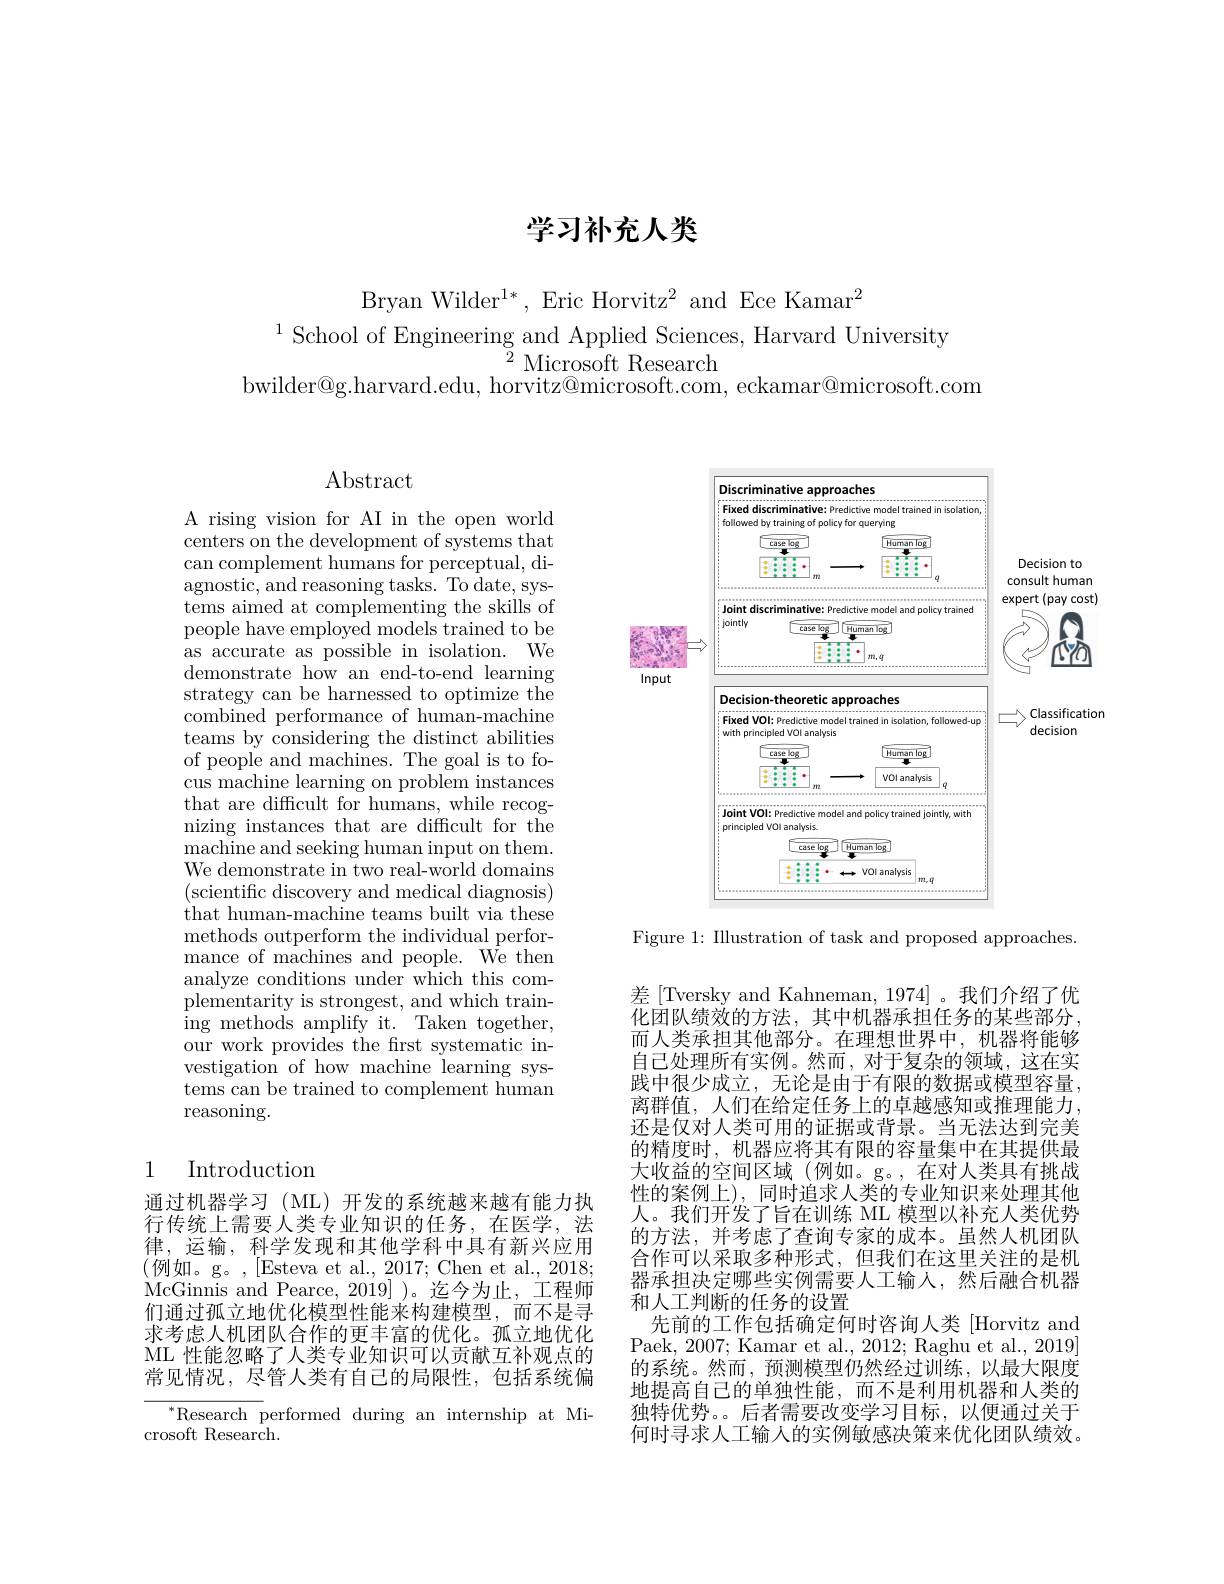
# 学习补充人类

Bryan Wilder$^1*$, Eric Horvitz$^2$ and Ece Kamar$^2$
$^{1}$School of Engineering and Applied Sciences, Harvard University
$\stackrel{\circ}{2}\mathop{\mathrm{Microsoft~Research}}_{c}$
bwilder@g.harvard.edu, horvitz@microsoft.com, eckamar@microsoft.com

# $\operatorname{Abstract}$

A rising vision for AI in the open world centers on the development of systems that can complement humans for perceptual, diagnostic, and reasoning tasks. To date, sys- tems aimed at complementing the skills of people have employed models trained to be as accurate as possible in isolation. We demonstrate how an end-to-end learning strategy can be harnessed to optimize the combined performance of human-machine teams by considering the distinct abilities of people and machines. The goal is to focus machine learning on problem instances that are difficult for humans, while recognizing instances that are difficult for the machine and seeking human input on them. We demonstrate in two real-world domains (scientific discovery and medical diagnosis) that human-machine teams built via these methods outperform the individual performance of machines and people. We then analyze conditions under which this complementarity is strongest, and which training methods amplify it. Taken together, our work provides the frst systematic investigation of how machine learning systems can be trained to complement human reasoning.

## 1 Introduction

通过机器学习 (ML)开发的系统越来越有能力执行传统上需要人类专业知识的任务，在医学，法律，运输，科学发现和其他学科中具有新兴应用(例如。g。,[Esteva et al.,2017;Chen et al.,2018; McGinnis and Pearce, 2019] )。迄今为止，工程师们通过孤立地优化模型性能来构建模型，而不是寻求考虑人机团队合作的更丰富的优化。孤立地优化ML 性能忽略了人类专业知识可以贡献互补观点的常见情况，尽管人类有自己的局限性，包括系统偏

$^{*}$Research performed during an internship at Mi-
crosoft Research.

<FigureHere>

Figure 1: Illustration of task and proposed approaches.

差[Tversky and Kahneman, 1974]。我们介绍了优化团队绩效的方法，其中机器承担任务的某些部分， 而人类承担其他部分。在理想世界中，机器将能够自己处理所有实例。然而，对于复杂的领域，这在实践中很少成立，无论是由于有限的数据或模型容量， 离群值，人们在给定任务上的卓越感知或推理能力， 还是仅对人类可用的证据或背景。当无法达到完美的精度时，机器应将其有限的容量集中在其提供最大收益的空间区域(例如。g。,在对人类具有挑战性的案例上), 同时追求人类的专业知识来处理其他人。我们开发了旨在训练 ML 模型以补充人类优势的方法，并考虑了查询专家的成本。虽然人机团队合作可以采取多种形式，但我们在这里关注的是机器承担决定哪些实例需要人工输入，然后融合机器和人工判断的任务的设置
先前的工作包括确定何时咨询人类 [Horvitz and Paek, 2007; Kamar et al., 2012; Raghu et al., 2019] 的系统。然而，预测模型仍然经过训练，以最大限度地提高自己的单独性能，而不是利用机器和人类的独特优势。。后者需要改变学习目标，以便通过关于何时寻求人工输入的实例敏感决策来优化团队绩效。